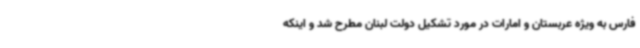
فارس به ویژه عربستان و امارات در مورد تشکیل دولت لبنان مطرح شد و اینکه